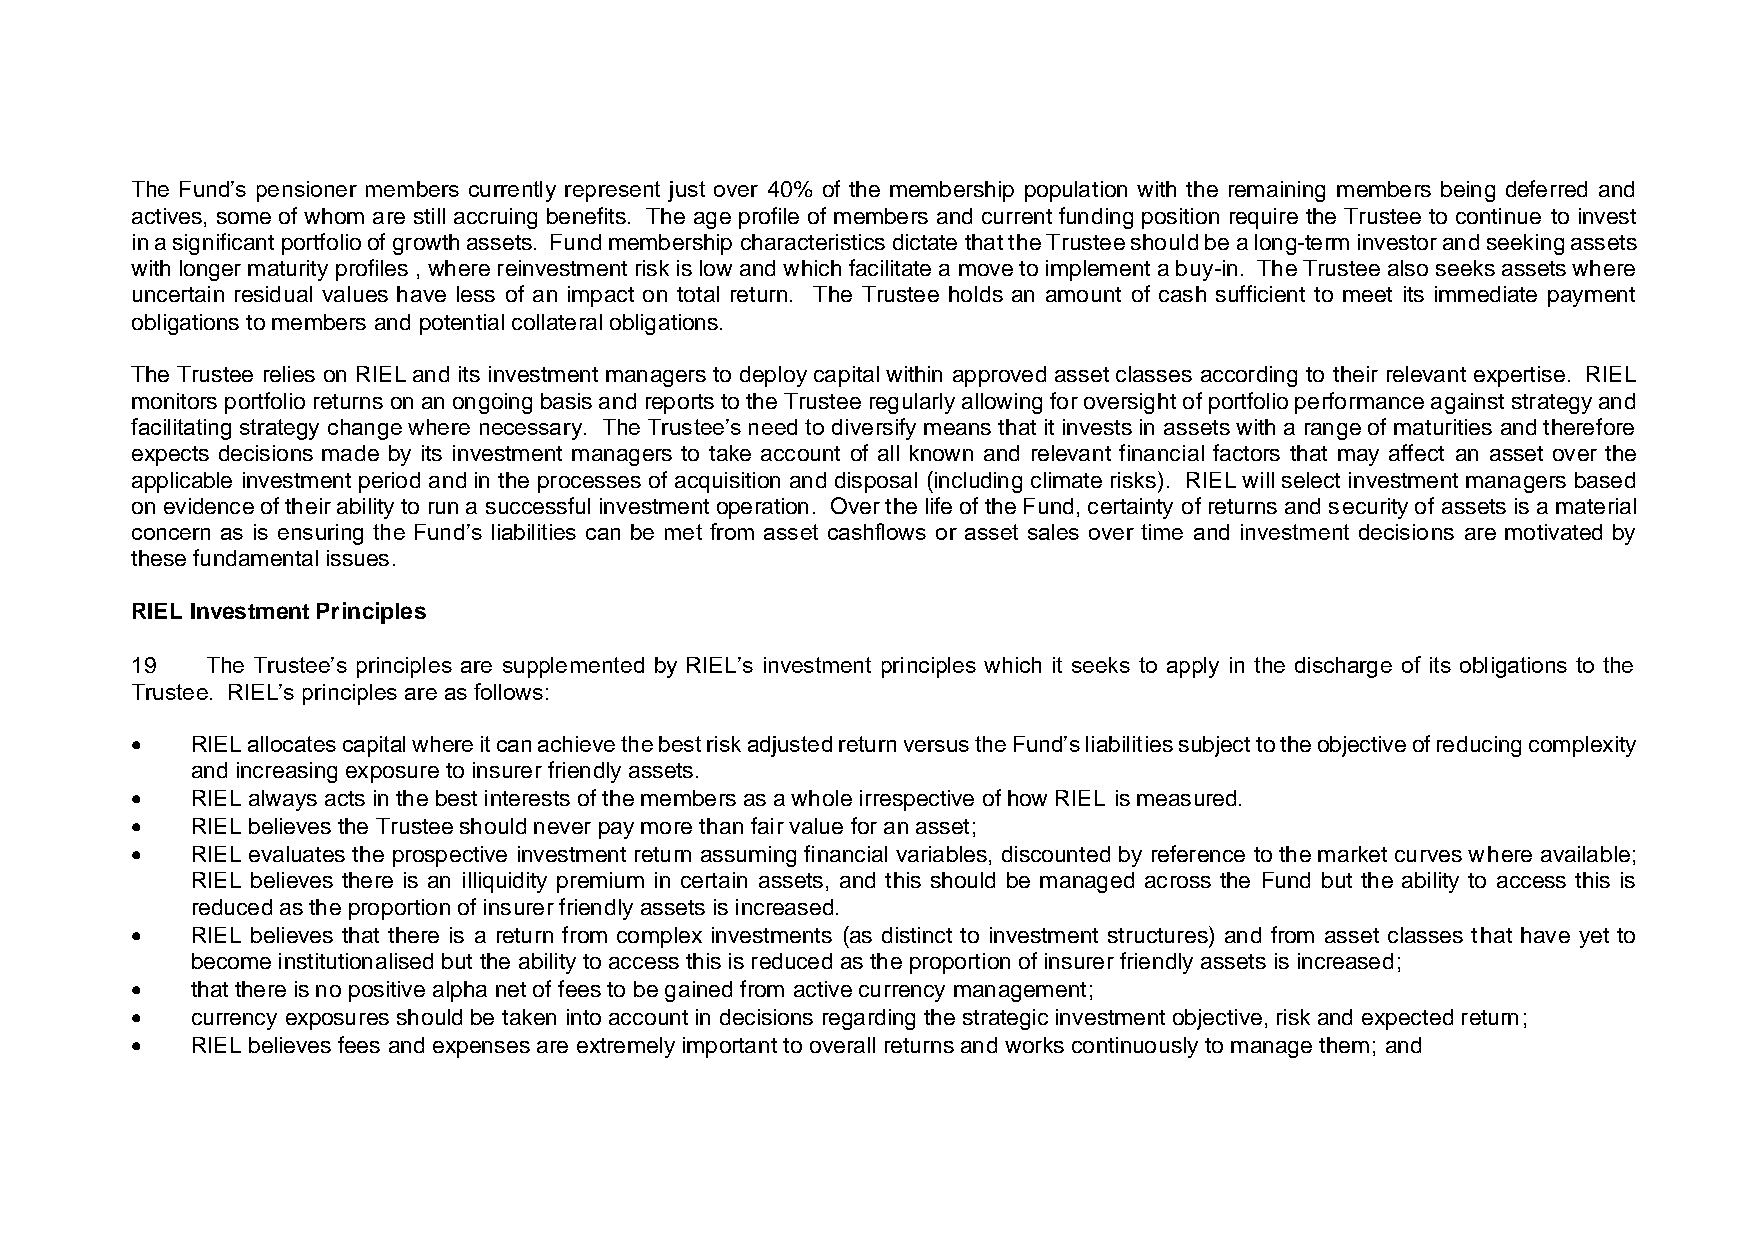
The Fund’s pensioner members currently represent just over 40% of the membership population with the remaining members being deferred and
 actives, some of whom are still accruing benefits. The age profile of members and current funding position require the Trustee to continue to invest
 in a significant portfolio of growth assets. Fund membership characteristics dictate that the Trustee should be a long-term investor and seeking assets
 with longer maturity profiles , where reinvestment risk is low and which facilitate a move to implement a buy-in. The Trustee also seeks assets where
 uncertain residual values have less of an impact on total return. The Trustee holds an amount of cash sufficient to meet its immediate payment
 obligations to members and potential collateral obligations.
 The Trustee relies on RIEL and its investment managers to deploy capital within approved asset classes according to their relevant expertise. RIEL
 monitors portfolio returns on an ongoing basis and reports to the Trustee regularly allowing for oversight of portfolio performance against strategy and
 facilitating strategy change where necessary. The Trustee’s need to diversify means that it invests in assets with a range of maturities and therefore
 expects decisions made by its investment managers to take account of all known and relevant financial factors that may affect an asset over the
 applicable investment period and in the processes of acquisition and disposal (including climate risks). RIEL will select investment managers based
 on evidence of their ability to run a successful investment operation. Over the life of the Fund, certainty of returns and security of assets is a material
 concern as is ensuring the Fund’s liabilities can be met from asset cashflows or asset sales over time and investment decisions are motivated by
 these fundamental issues.
 RIEL Investment Principles
 19   The Trustee’s principles are supplemented by RIEL’s investment principles which it seeks to apply in the discharge of its obligations to the
 Trustee. RIEL’s principles are as follows:
 •   RIEL allocates capital where it can achieve the best risk adjusted return versus the Fund’s liabilities subject to the objective of reducing complexity
 and increasing exposure to insurer friendly assets.
 •   RIEL always acts in the best interests of the members as a whole irrespective of how RIEL is measured.
 •   RIEL believes the Trustee should never pay more than fair value for an asset;
 •   RIEL evaluates the prospective investment return assuming financial variables, discounted by reference to the market curves where available;
 RIEL believes there is an illiquidity premium in certain assets, and this should be managed across the Fund but the ability to access this is
 reduced as the proportion of insurer friendly assets is increased.
 •   RIEL believes that there is a return from complex investments (as distinct to investment structures) and from asset classes that have yet to
 become institutionalised but the ability to access this is reduced as the proportion of insurer friendly assets is increased;
 •   that there is no positive alpha net of fees to be gained from active currency management;
 •   currency exposures should be taken into account in decisions regarding the strategic investment objective, risk and expected return;
 •   RIEL believes fees and expenses are extremely important to overall returns and works continuously to manage them; and